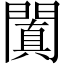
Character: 闐